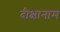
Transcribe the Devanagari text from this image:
दीक्षानाम